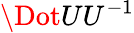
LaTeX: \Dot{U}U^{-1}